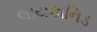
લાયકાનિડ